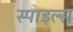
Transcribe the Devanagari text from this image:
स्पाइल्स